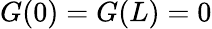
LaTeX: G(0)=G(L)=0